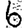
Digit: 6